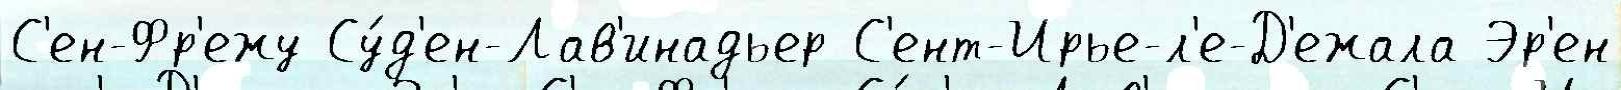
С'ен-Фр'ежу Су́д'ен-Лав'инадьер С'ент-Ирье-л'е-Д'ежала Эр'ен